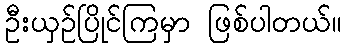
ဦးယှဉ်ပြိုင်ကြမှာ ဖြစ်ပါတယ်။